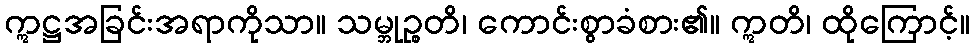
ဣဋ္ဌအခြင်းအရာကိုသာ။ သမ္ဘုဉ္စတိ၊ ကောင်းစွာခံစား၏။ ဣတိ၊ ထိုကြောင့်။